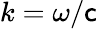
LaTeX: k=\omega/\mathsf{c}